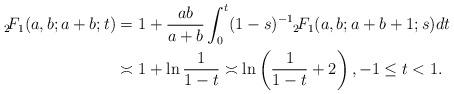
LaTeX: \begin{align*} {}_2\!F_{1}(a,b;a+b;t)&=1+\frac{ab}{a+b}\int_0^t(1-s)^{-1}{}_2\!F_{1}(a,b;a+b+1;s)dt \\&\asymp1+\ln\frac{1}{1-t}\asymp\ln\left(\frac{1}{1-t}+2\right),-1\le t<1.\end{align*}